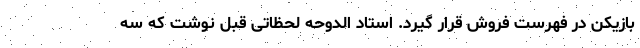
بازیکن در فهرست فروش قرار گیرد. استاد الدوحه لحظاتی قبل نوشت که سه